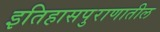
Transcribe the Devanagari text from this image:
इतिहासपुराणातील